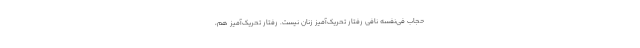
حجاب فی‌نفسه نافی رفتار تحریک‌آمیز زنان نیست. رفتار تحریک‌آمیز هم،